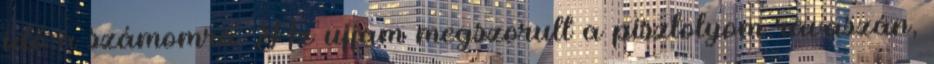
idő a számomra. Az ujjam megszorult a pisztolyom ravaszán,